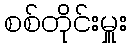
စစ်တိုင်းမှူး